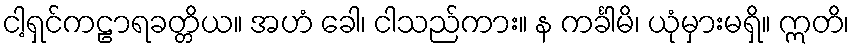
ငါ့ရှင်ကဠာရခတ္တိယ။ အဟံ ခေါ၊ ငါသည်ကား။ န ကင်္ခါမိ၊ ယုံမှားမရှိ။ ဣတိ၊